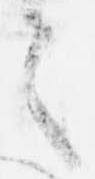
言